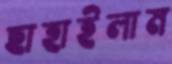
ছাহাইলাম